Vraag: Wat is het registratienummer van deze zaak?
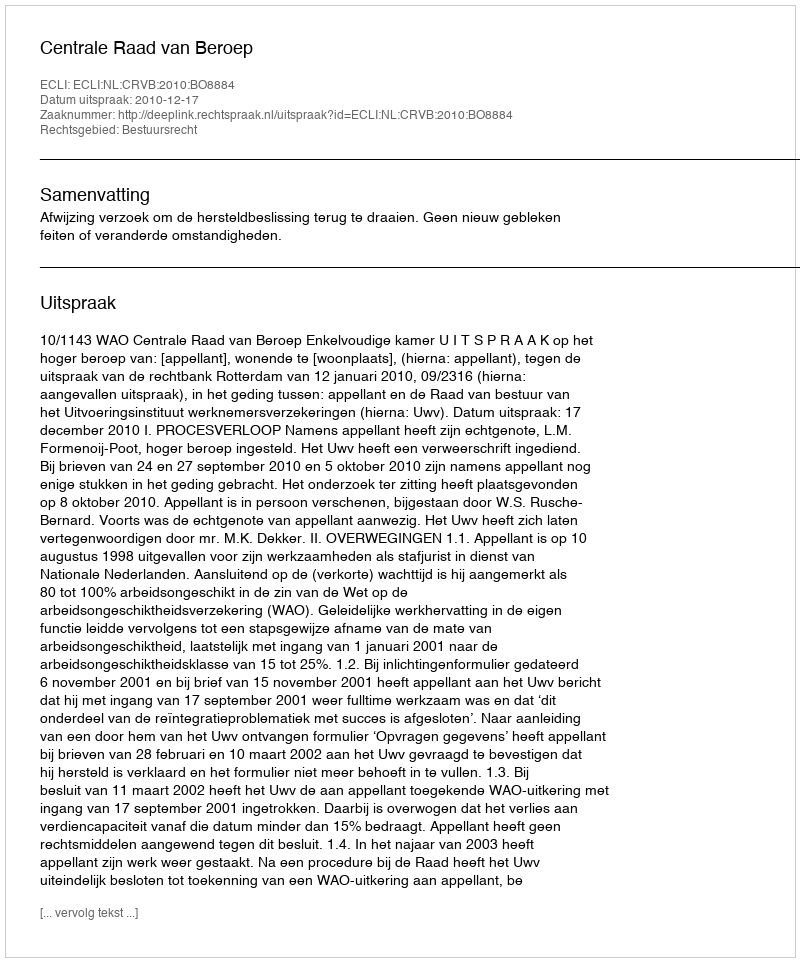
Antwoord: http://deeplink.rechtspraak.nl/uitspraak?id=ECLI:NL:CRVB:2010:BO8884